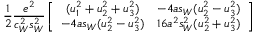
{ \frac { 1 } { 2 } } { \frac { e ^ { 2 } } { c _ { W } ^ { 2 } s _ { W } ^ { 2 } } } \left[ \begin{array} { c c } { { ( u _ { 1 } ^ { 2 } + u _ { 2 } ^ { 2 } + u _ { 3 } ^ { 2 } ) } } & { { - 4 a s _ { W } ( u _ { 2 } ^ { 2 } - u _ { 3 } ^ { 2 } ) } } \\ { { - 4 a s _ { W } ( u _ { 2 } ^ { 2 } - u _ { 3 } ^ { 2 } ) } } & { { 1 6 a ^ { 2 } s _ { W } ^ { 2 } ( u _ { 2 } ^ { 2 } + u _ { 3 } ^ { 2 } ) } } \end{array} \right]